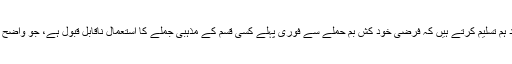
گیری شیوان کا کہنا تھا کہ سوچ بچار کے بعد ہم تسلیم کرتے ہیں کہ فرضی خود کش بم حملے سے فوری پہلے کسی قسم کے مذہبی جملے کا استعمال ناقابلِ قبول ہے، جو واضح طور پر اس مشق کو اسلام سے جوڑ دیتا ہے۔